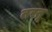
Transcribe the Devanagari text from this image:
तरतू